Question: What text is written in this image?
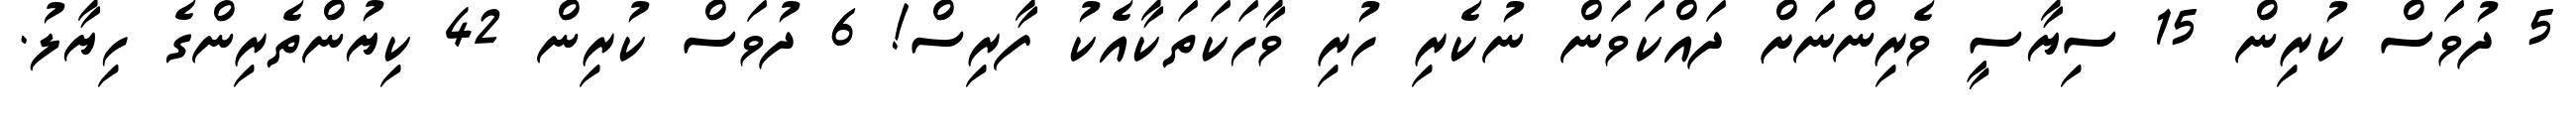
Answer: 5 ދުވަސް ކުރިން 15 ސިޔާސީ ވެރިންނަށް ދައްކަވަން ނުކެރި ހުރި ވާހަކަތަކާއެކު ފާރިސް! 6 ދުވަސް ކުރިން 42 ކިޔުންތެރިންގެ ހިޔާލު.